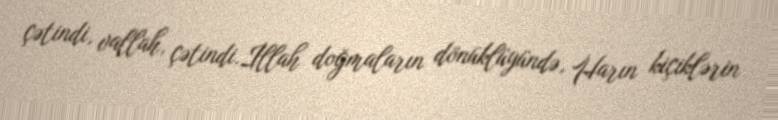
çətindi, vallah, çətindi.İllah doğmaların dönüklüyündə, Harın kiçiklərin